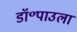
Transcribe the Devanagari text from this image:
डॉ॰पाउला